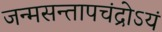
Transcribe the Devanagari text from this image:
जन्मसन्तापचंद्रोऽयं